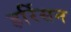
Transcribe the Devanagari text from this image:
हर्रिसन